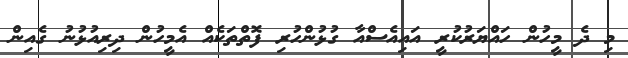
މި ދެ މީހުން ހައްޔަރުކުރީ އައިއެސްއާ ގުޅުންހުރި ފޮތްތަކެއް އެމީހުން ދިރިއުޅުނު ގެއިން